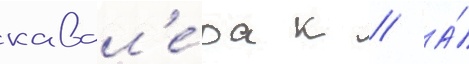
кавал'е́ра к // А́